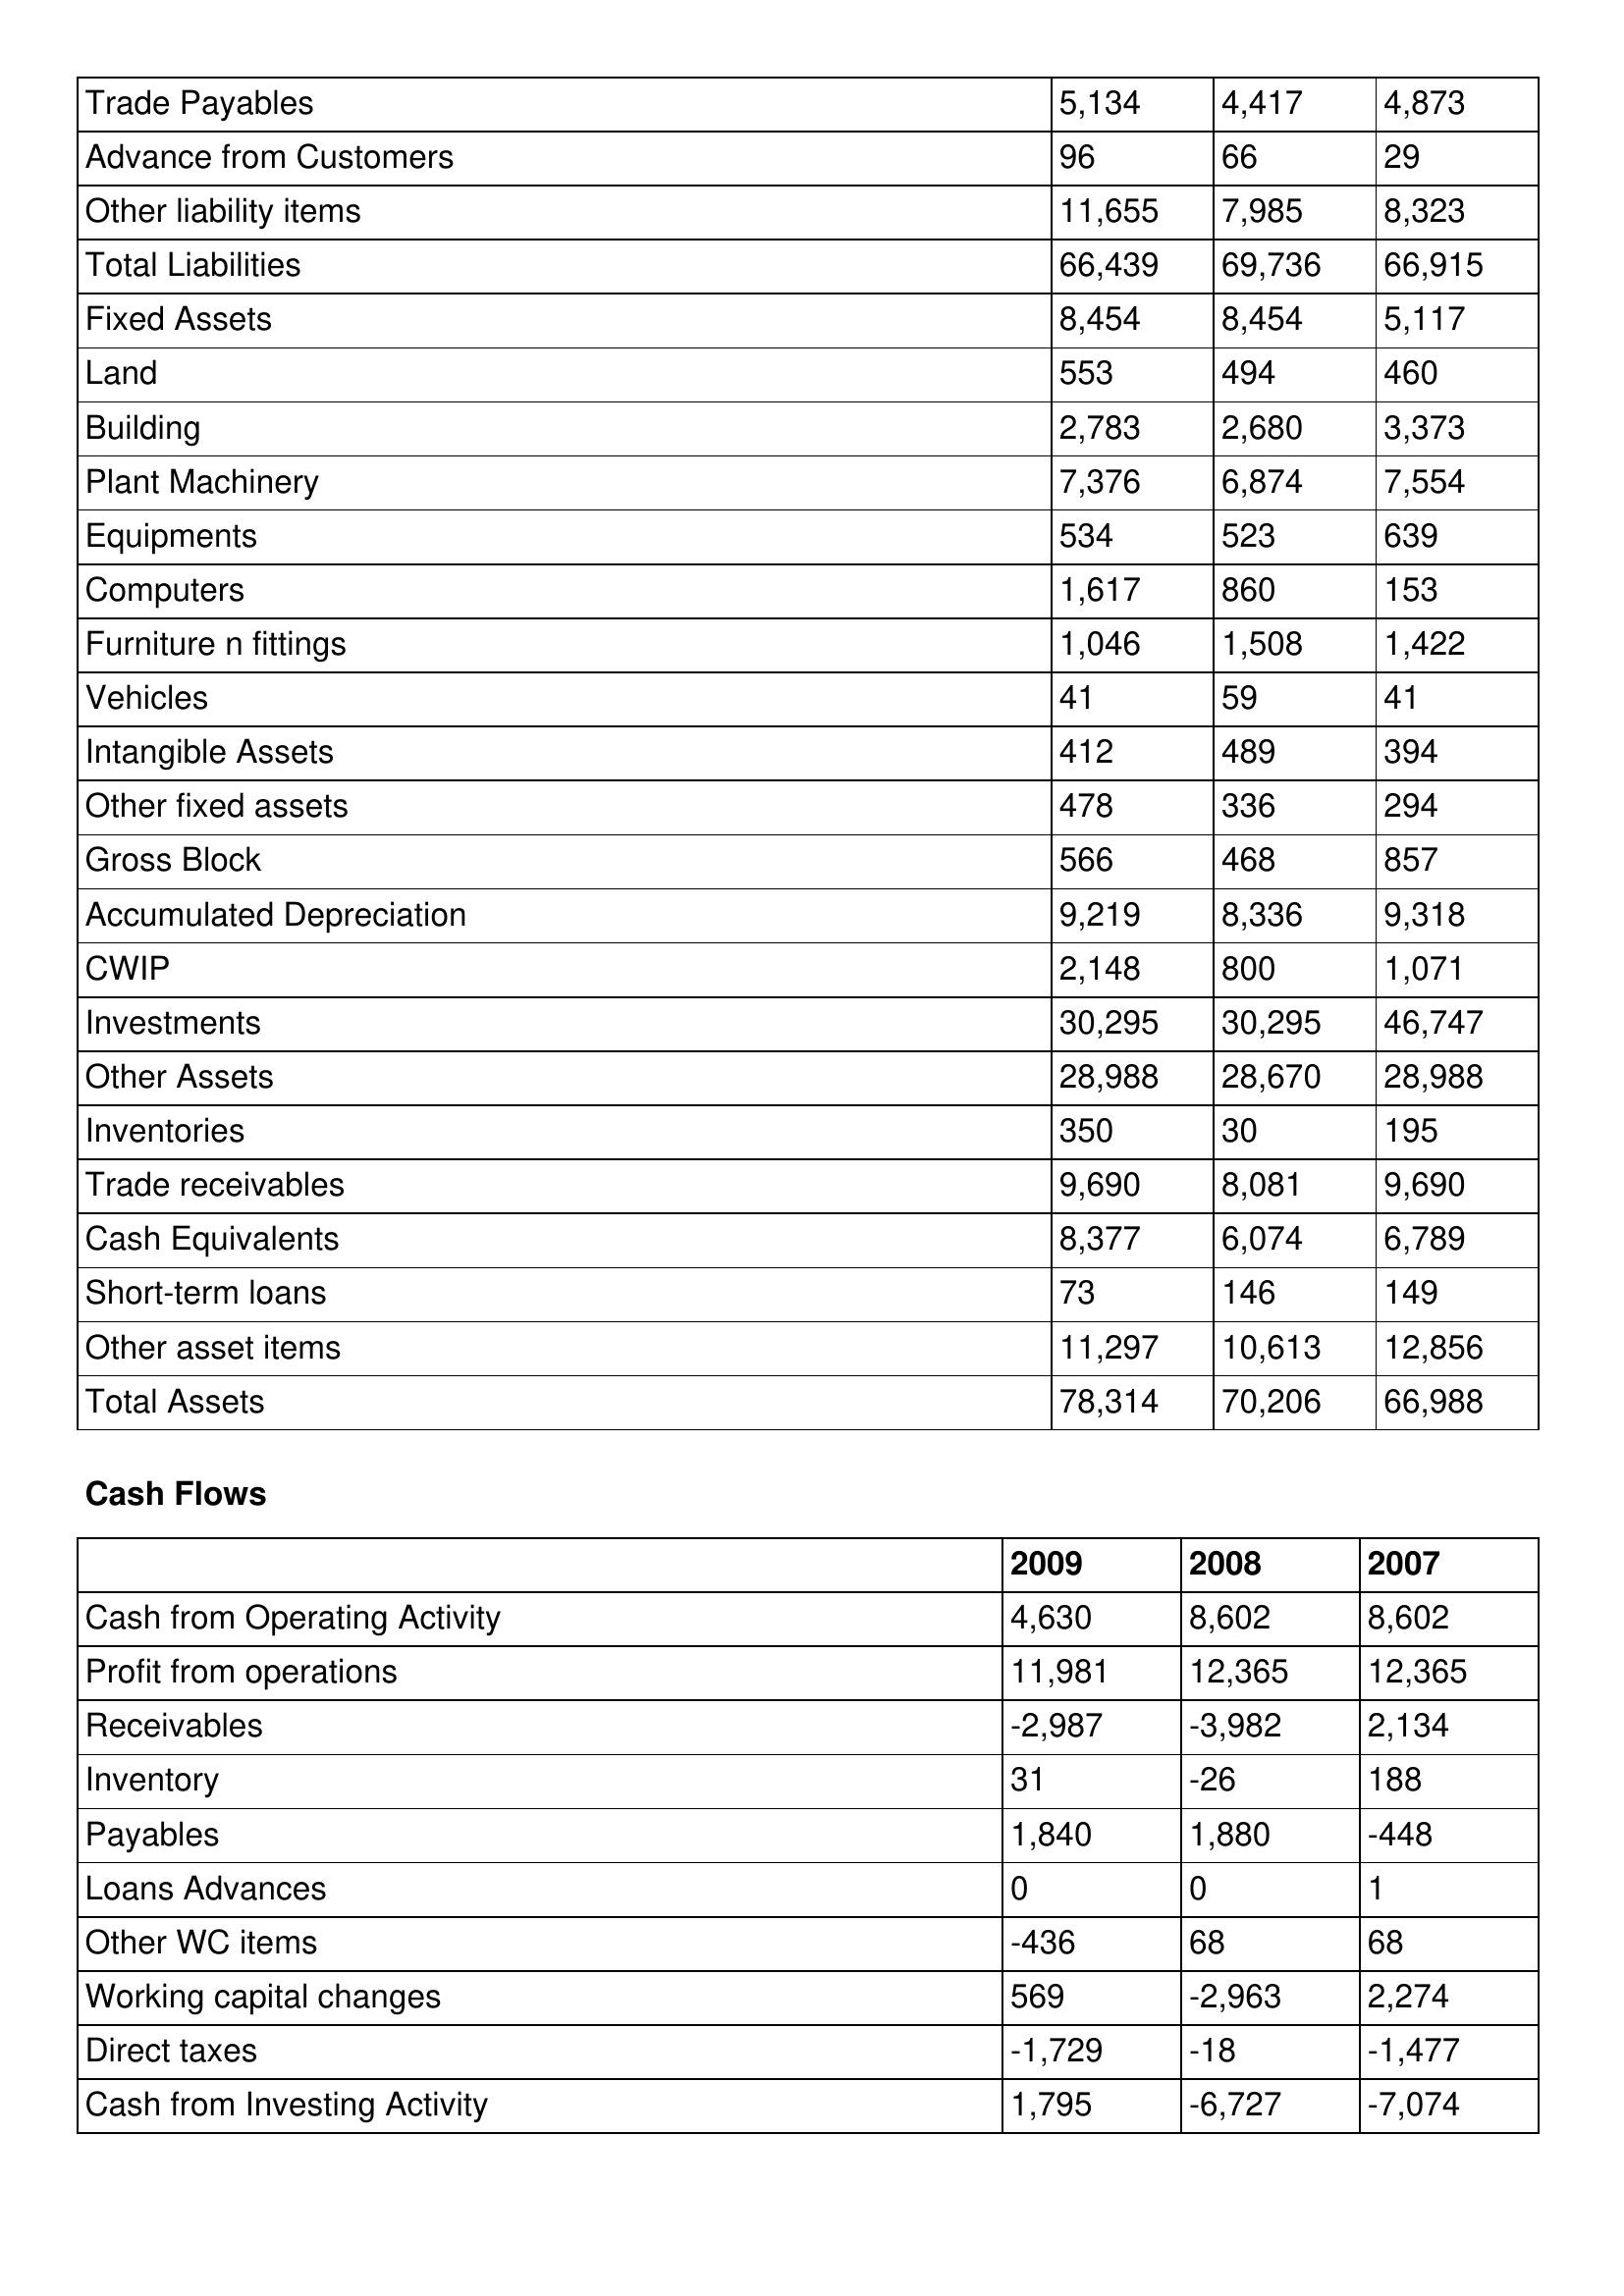
gt_parse: 2009: Balance Sheet: Trade Payables: 5,134
Advance from Customers: 96
Other liability items: 11,655
Total Liabilities: 66,439
Fixed Assets: 8,454
Land: 553
Building: 2,783
Plant Machinery: 7,376
Equipments: 534
Computers: 1,617
Furniture n fittings: 1,046
Vehicles: 41
Intangible Assets: 412
Other fixed assets: 478
Gross Block: 566
Accumulated Depreciation: 9,219
CWIP: 2,148
Investments: 30,295
Other Assets: 28,988
Inventories: 350
Trade receivables: 9,690
Cash Equivalents: 8,377
Short-term loans: 73
Other asset items: 11,297
Total Assets: 78,314
Cash Flows: Cash from Operating Activity: 4,630
Profit from operations: 11,981
Receivables: -2,987
Inventory: 31
Payables: 1,840
Loans Advances: 0
Other WC items: -436
Working capital changes: 569
Direct taxes: -1,729
Cash from Investing Activity: 1,795
2008: Balance Sheet: Trade Payables: 4,417
Advance from Customers: 66
Other liability items: 7,985
Total Liabilities: 69,736
Fixed Assets: 8,454
Land: 494
Building: 2,680
Plant Machinery: 6,874
Equipments: 523
Computers: 860
Furniture n fittings: 1,508
Vehicles: 59
Intangible Assets: 489
Other fixed assets: 336
Gross Block: 468
Accumulated Depreciation: 8,336
CWIP: 800
Investments: 30,295
Other Assets: 28,670
Inventories: 30
Trade receivables: 8,081
Cash Equivalents: 6,074
Short-term loans: 146
Other asset items: 10,613
Total Assets: 70,206
Cash Flows: Cash from Operating Activity: 8,602
Profit from operations: 12,365
Receivables: -3,982
Inventory: -26
Payables: 1,880
Loans Advances: 0
Other WC items: 68
Working capital changes: -2,963
Direct taxes: -18
Cash from Investing Activity: -6,727
2007: Balance Sheet: Trade Payables: 4,873
Advance from Customers: 29
Other liability items: 8,323
Total Liabilities: 66,915
Fixed Assets: 5,117
Land: 460
Building: 3,373
Plant Machinery: 7,554
Equipments: 639
Computers: 153
Furniture n fittings: 1,422
Vehicles: 41
Intangible Assets: 394
Other fixed assets: 294
Gross Block: 857
Accumulated Depreciation: 9,318
CWIP: 1,071
Investments: 46,747
Other Assets: 28,988
Inventories: 195
Trade receivables: 9,690
Cash Equivalents: 6,789
Short-term loans: 149
Other asset items: 12,856
Total Assets: 66,988
Cash Flows: Cash from Operating Activity: 8,602
Profit from operations: 12,365
Receivables: 2,134
Inventory: 188
Payables: -448
Loans Advances: 1
Other WC items: 68
Working capital changes: 2,274
Direct taxes: -1,477
Cash from Investing Activity: -7,074